Civil Veterinary Dept. Bombay admin report 1907-1913 - 1907-1913
Year: 1907
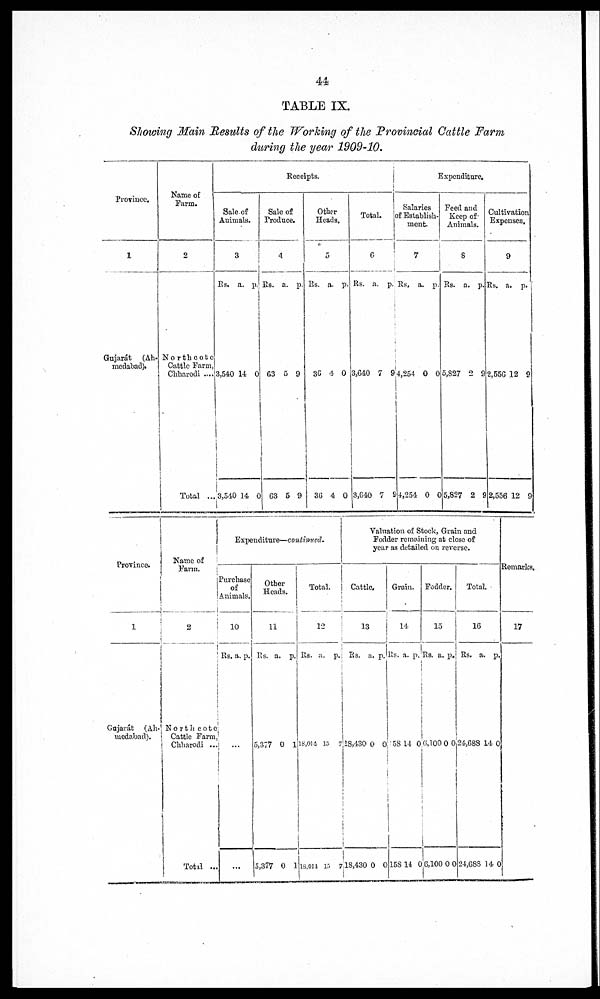
44
TABLE IX.
Showing Main Results of the Working of the Provincial Cattle Farm
during the year 1909-10.
Province.
1
Gujarát
medabad).
Name of
Farm.
2
North cote
Cattle Farm,
Chharodi ....
Total ...
Receipts.
Sale of
Animals.
3
Rs. a. p.
3,540 14 0
3,540 14 0
Sale of
Produce.
4
Rs. a. p.
63 5 9
63 5 9
Other
Heads.
5
Rs. a. p.
36 4 0
36 4 0
Total.
6
Rs. a. p.
3,640 7 9
3,640 7 9
Expenditure.
Salaries
of Establish-
ment.
7
Rs. a. p.
4,254 0 0
4,254 0 0
Feed and
Keep of
Animals.
8
Rs. a. p.
5,827 2 9
5,827 2 9
Cultivation
Expenses.
9
Rs. a. p.
2,556 12 9
2,556 12 9
Province.
1
Gujarát (Ah-
medabad).
Name of
Farm.
2
North cote
Cattle Farm,
Chharodi ...
Total ...
Expenditure—continued.
Purchase
of
Animals.
10
Rs. a. p.
...
...
Other
Heads.
11
Rs. a. p.
5,377 0 1
5,377 0 1
Total.
12
Rs. a. p.
18,014 15
7
18,014 15 7
Valuation of Stock, Grain and
Fodder remaining at close of
year as detailed on reverse.
Cattle.
13
Rs. a. p.
18,430 0 0
18,430 0 0
Grain.
14
Rs. a. p.
58 14 0
15814 0
Fodder.
15
Rs. a. p.
6,100 0 0
6,100 0 0
Total.
16
Rs. a. p.
24,688 14 0
24,688 14 0
Remarks,
17